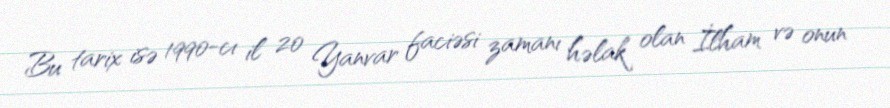
Bu tarix isə 1990-cı il 20 Yanvar faciəsi zamanı həlak olan İlham və onun